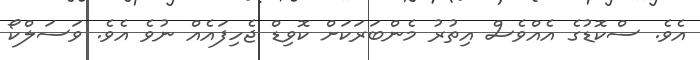
އެވެ. ސްކޮޑުގެ އެއްވެސް އިތުރު މެންބަރަކަށް ކޮވިޑް ޖެހިފައެއް ނުވެ އެވެ. ވަސަލްކޯ